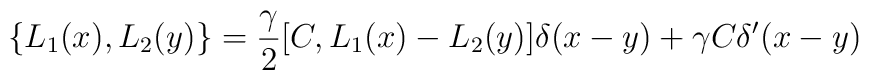
\{L_1(x),L_2(y)\}= \frac {\gamma} {2} [C,L_1(x)-L_2(y)]\delta(x-y)+ \gamma C \delta'(x-y)